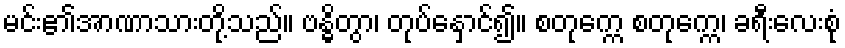
မင်း၏အာဏာသားတို့သည်။ ဗန္ဓိတွာ၊ တုပ်နှောင်၍။ စတုက္ကေ စတုက္ကေ၊ ခရီးလေးစုံ